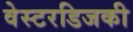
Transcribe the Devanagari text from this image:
वेस्टरडिजकी